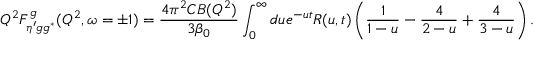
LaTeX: Q ^ { 2 } F _ { \eta ^ { \prime } g g ^ { * } } ^ { g } ( Q ^ { 2 } , \omega = \pm 1 ) = \frac { 4 \pi ^ { 2 } C B ( Q ^ { 2 } ) } { 3 \beta _ { 0 } } \int _ { 0 } ^ { \infty } d u e ^ { - u t } R ( u , t ) \left( \frac 1 { 1 - u } - \frac 4 { 2 - u } + \frac 4 { 3 - u } \right) .